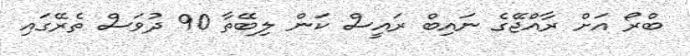
ބްރޯ އަށް ރާއްޖޭގެ ނައިބް ރައީސް ކަން ލިބޭތާ 90 ދުވަސް ތެރޭގައި